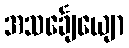
အသင်္ချေယျော